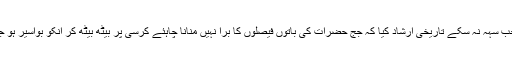
پیر صاحب سہہ نہ سکے تاریخی ارشاد کیا کہ جج حضرات کی باتوں فیصلوں کا برا نہیں منانا چاہئے کرسی پر بیٹھ بیٹھ کر انکو بواسیر ہو جاتی ہے۔